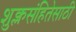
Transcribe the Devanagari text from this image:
शुक्लसंहितेसाठी